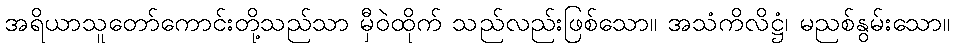
အရိယာသူတော်ကောင်းတို့သည်သာ မှီဝဲထိုက် သည်လည်းဖြစ်သော။ အသံကိလိဋ္ဌံ၊ မညစ်နွမ်းသော။